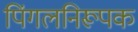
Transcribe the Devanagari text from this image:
पिंगलनिरूपक